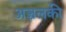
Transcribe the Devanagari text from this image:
अञ्चलकी